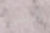
الأسى